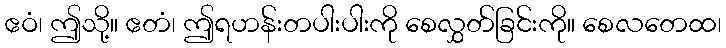
ဧဝံ၊ ဤသို့။ ဧတံ၊ ဤရဟန်းတပါးပါးကို စေလွှတ်ခြင်းကို။ စေလတေထ၊